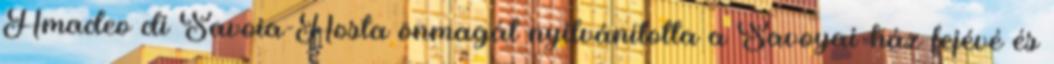
Amadeo di Savoia-Aosta önmagát nyilvánította a Savoyai-ház fejévé és